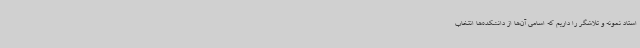
استاد نمونه و تلاشگر را داریم که اسامی آن‌ها از دانشکده‌ها انتخاب